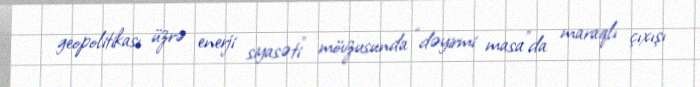
geopolitikası üzrə enerji siyasəti” mövzusunda “dəyirmi masa”da maraqlı çıxışı